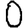
Digit: 0